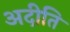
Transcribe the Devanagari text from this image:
अदीति